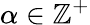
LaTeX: \alpha\in\mathbb{Z}^{+}